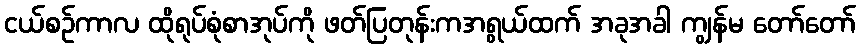
ငယ်စဉ်ကာလ ထိုရုပ်စုံစာအုပ်ကို ဖတ်ပြတုန်းကအရွယ်ထက် အခုအခါ ကျွန်မ တော်တော်